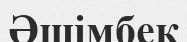
Әшімбек